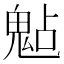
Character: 𩲦